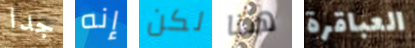
جدا إنه لكن هنا العباقرة